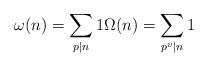
LaTeX: \begin{align*}\omega(n)=\sum_{p \mid n} 1 \Omega(n)=\sum_{p^v \mid n} 1\end{align*}